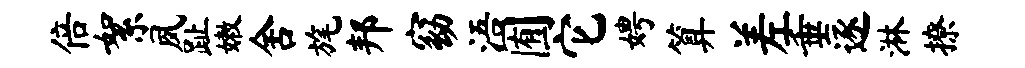
倍絮夙趾嫩舍旄邦窈浯囿它娉算差垂逐淋撩